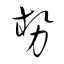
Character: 勢